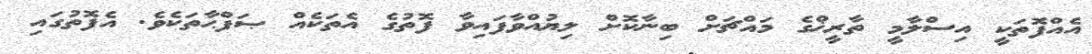
އެއްފޮތަކީ އިސްލާމީ ތާރީޚްގެ މައްޗަށް ބިނާކޮށް ލިޔުއްވާފައިވާ ފޮތުގެ އެތަކެއް ޞަފްޙާތަކެވެ. އެފޮތުގައި